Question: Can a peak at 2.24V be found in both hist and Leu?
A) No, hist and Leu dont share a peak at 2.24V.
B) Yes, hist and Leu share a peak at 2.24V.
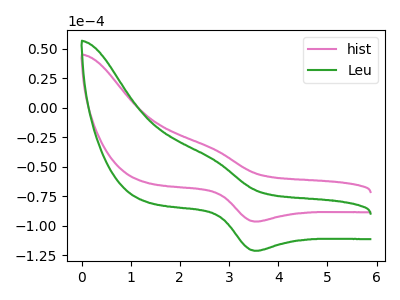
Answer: <think>The pink curve "hist" has an anodic peak at (2.60V, -33.60uA) and a cathodic peak at (3.50V, -96.55uA). The green curve "Leu" has an anodic peak at (2.60V, -42.25uA) and a cathodic peak at (3.50V, -121.40uA).</think>
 <answer>A) No, "hist" and "Leu" dont share a peak at 2.24V.</answer>
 <eval>A</eval>